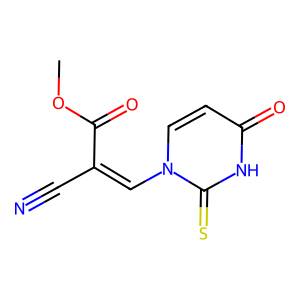
SMILES: COC(=O)C(C#N)=Cn1ccc(=O)[nH]c1=S
Inhibits HIV replication: No